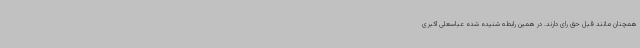
همچنان مانند قبل حق رای دارند. در همین رابطه شنیده شده عباسعلی اکبری